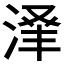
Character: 𬈃